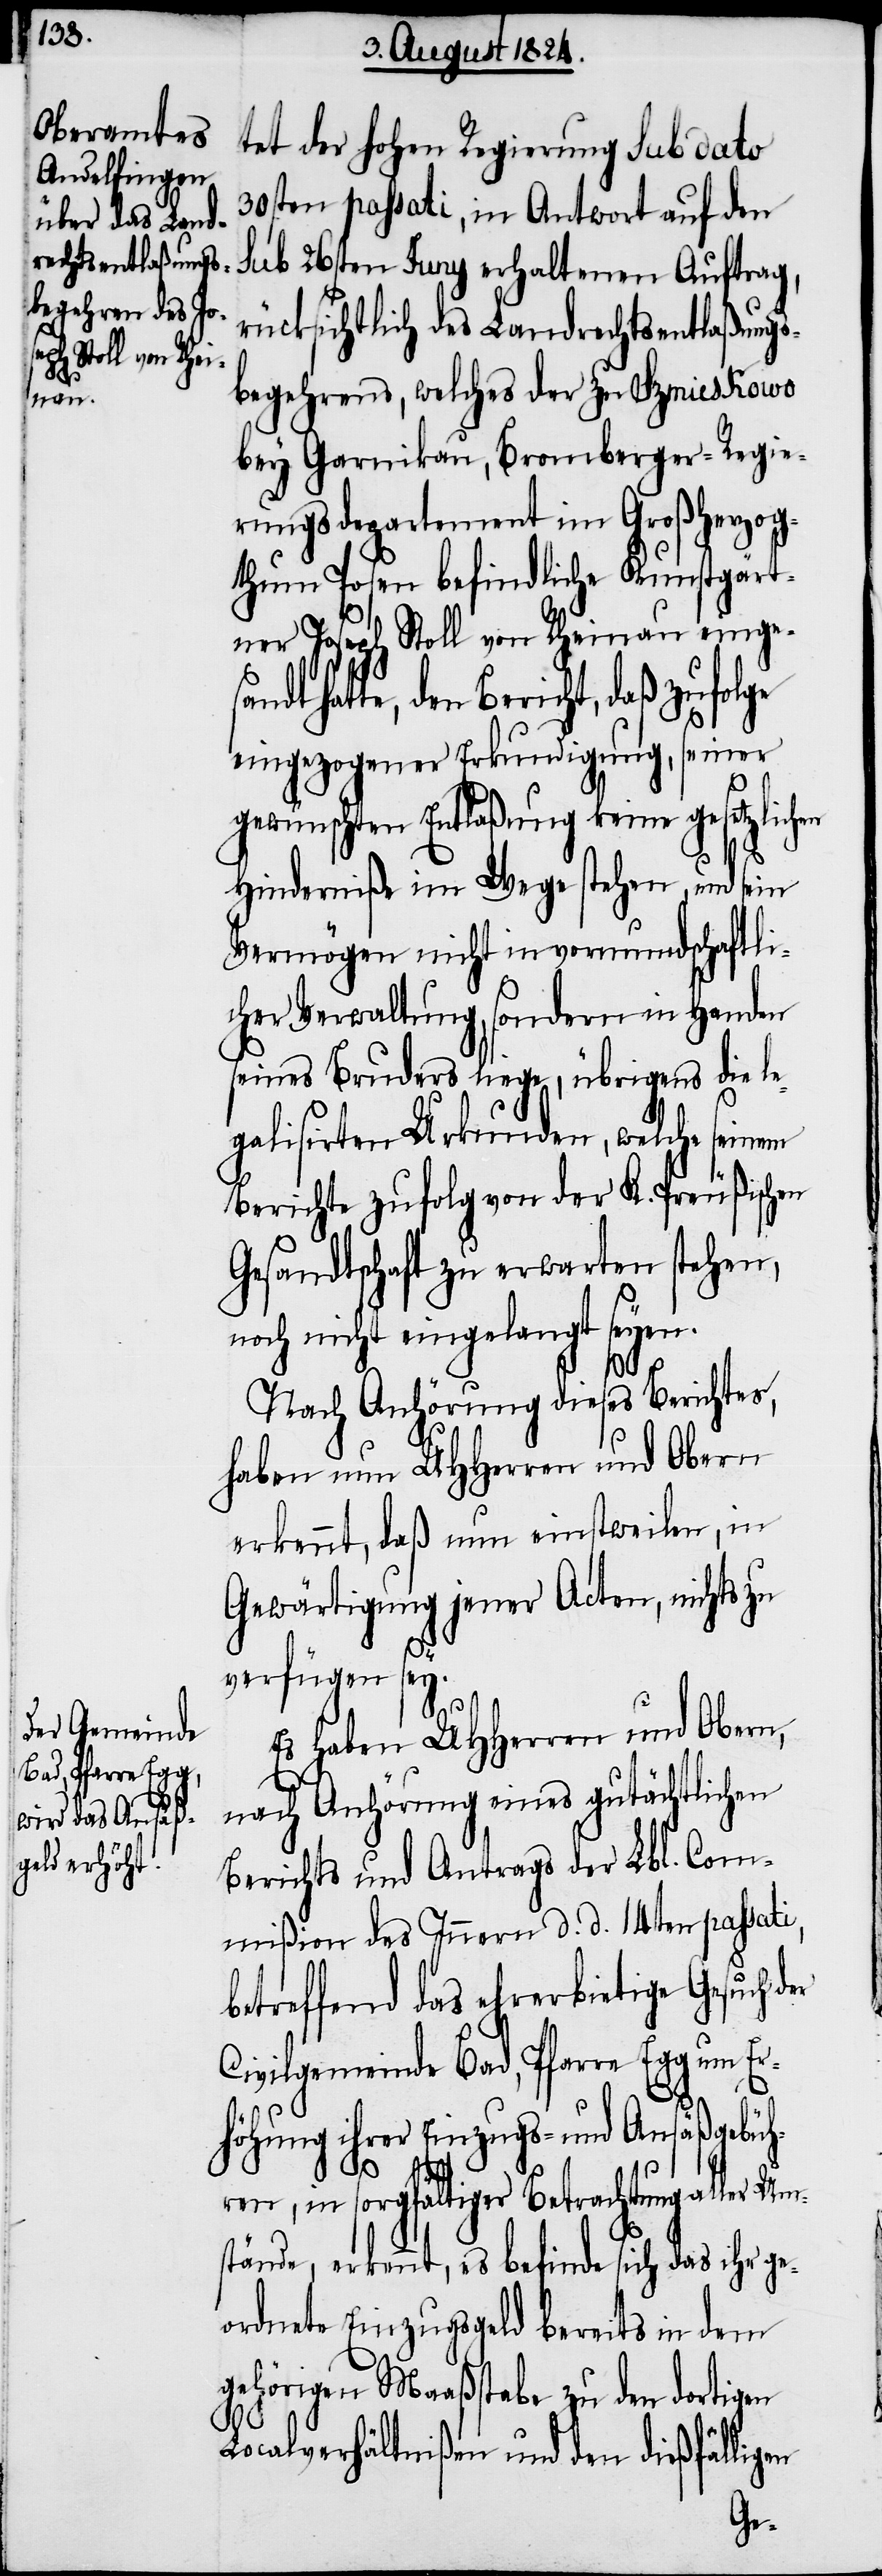
tet der hohen Regierung sub dato
30sten passati, in Antwort auf den
sub 26sten Juny erhaltenen Auftrag,
rücksichtlich des Landrechtsentlaßungs¬
begehrens, welches der zu Szmieskowo
bey Garnikau, Bromberger-Regie¬
rungsdepartement im Großherzog¬
thum Posen befindliche Kunstgärt¬
ner Joseph Stoll von Rheinau einge¬
hatte, den Bericht, daß zufolge
eingezogener Erkundigung, seiner
gewünschten Entlaßung keine gesetzlich¬
Hinderniße im Wege stehen, und sein
Vermögen nicht in vormundschaftli¬
cher Verwaltung, sondern in Handen
seines Bruders liege, übrigens die le¬
galisirten Urkunden, welche seinem
Berichte zufolg von der K. Preußischen
Gesandtschaft zu erwarten stehen,
noch nicht eingelangt seyen.
Nach Anhörung dieses Berichtes,
haben nun UHHerren und Obern
erkennt, daß nun einstweilen, in
Gewärtigung jener Acten, nichts zu
er
verfügen sey.
Es haben UHHerren und Obern,
nach Anhörung eines gutächtlichen
Berichts und Antrags der Lbl. Com¬
mißion des Innern d. d. 14ten passati,
betreffend das ehrerbietige Gesuch d¬
Civilgemeinde Bad, Pfarre Egg um Er¬
höhung ihrer Einzugs- und Ansäßgebüh¬
ren, in sorgfältiger Betrachtung aller Um¬
stände erkannt, es befinde sich das ihr ge¬
ordnete Einzugsgeld bereits in dem
gehörigen Maaßstabe zu den dortigen
Localverhältnißen und den dießfälligen